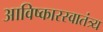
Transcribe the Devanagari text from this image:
आविष्कारस्वातंत्र्य